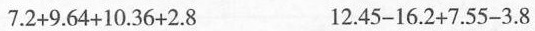
7.2+9.64+10.36+2.8 12.45-16.2+7.55-3.8